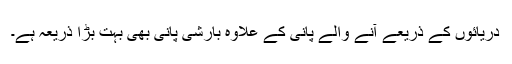
دریائوں کے ذریعے آنے والے پانی کے علاوہ بارشی پانی بھی بہت بڑا ذریعہ ہے۔